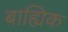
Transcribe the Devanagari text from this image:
बाह्यिक